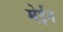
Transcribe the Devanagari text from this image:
मेईन